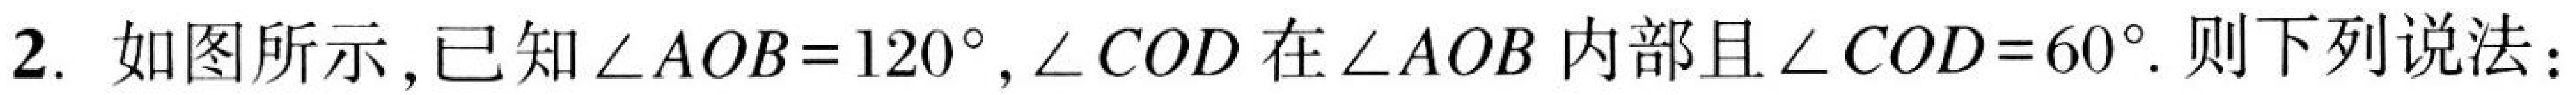
2. 如图所示，已知$\angle AOB = 120^{\circ}$，$\angle COD$在$\angle AOB$内部且$\angle COD = 60^{\circ}$. 则下列说法：